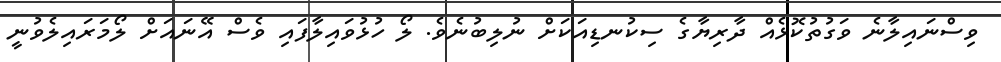
ވިސްނައިލާނެ ވަގުތުކޮޅެއް ދާރިޔާގެ ސިކުނޑިއަކަށް ނުލިބުނެވެ. ލޯ ހުޅުވައިލާފައި ވެސް އޭނައަށް ލޯމަރައިލެވުނީ